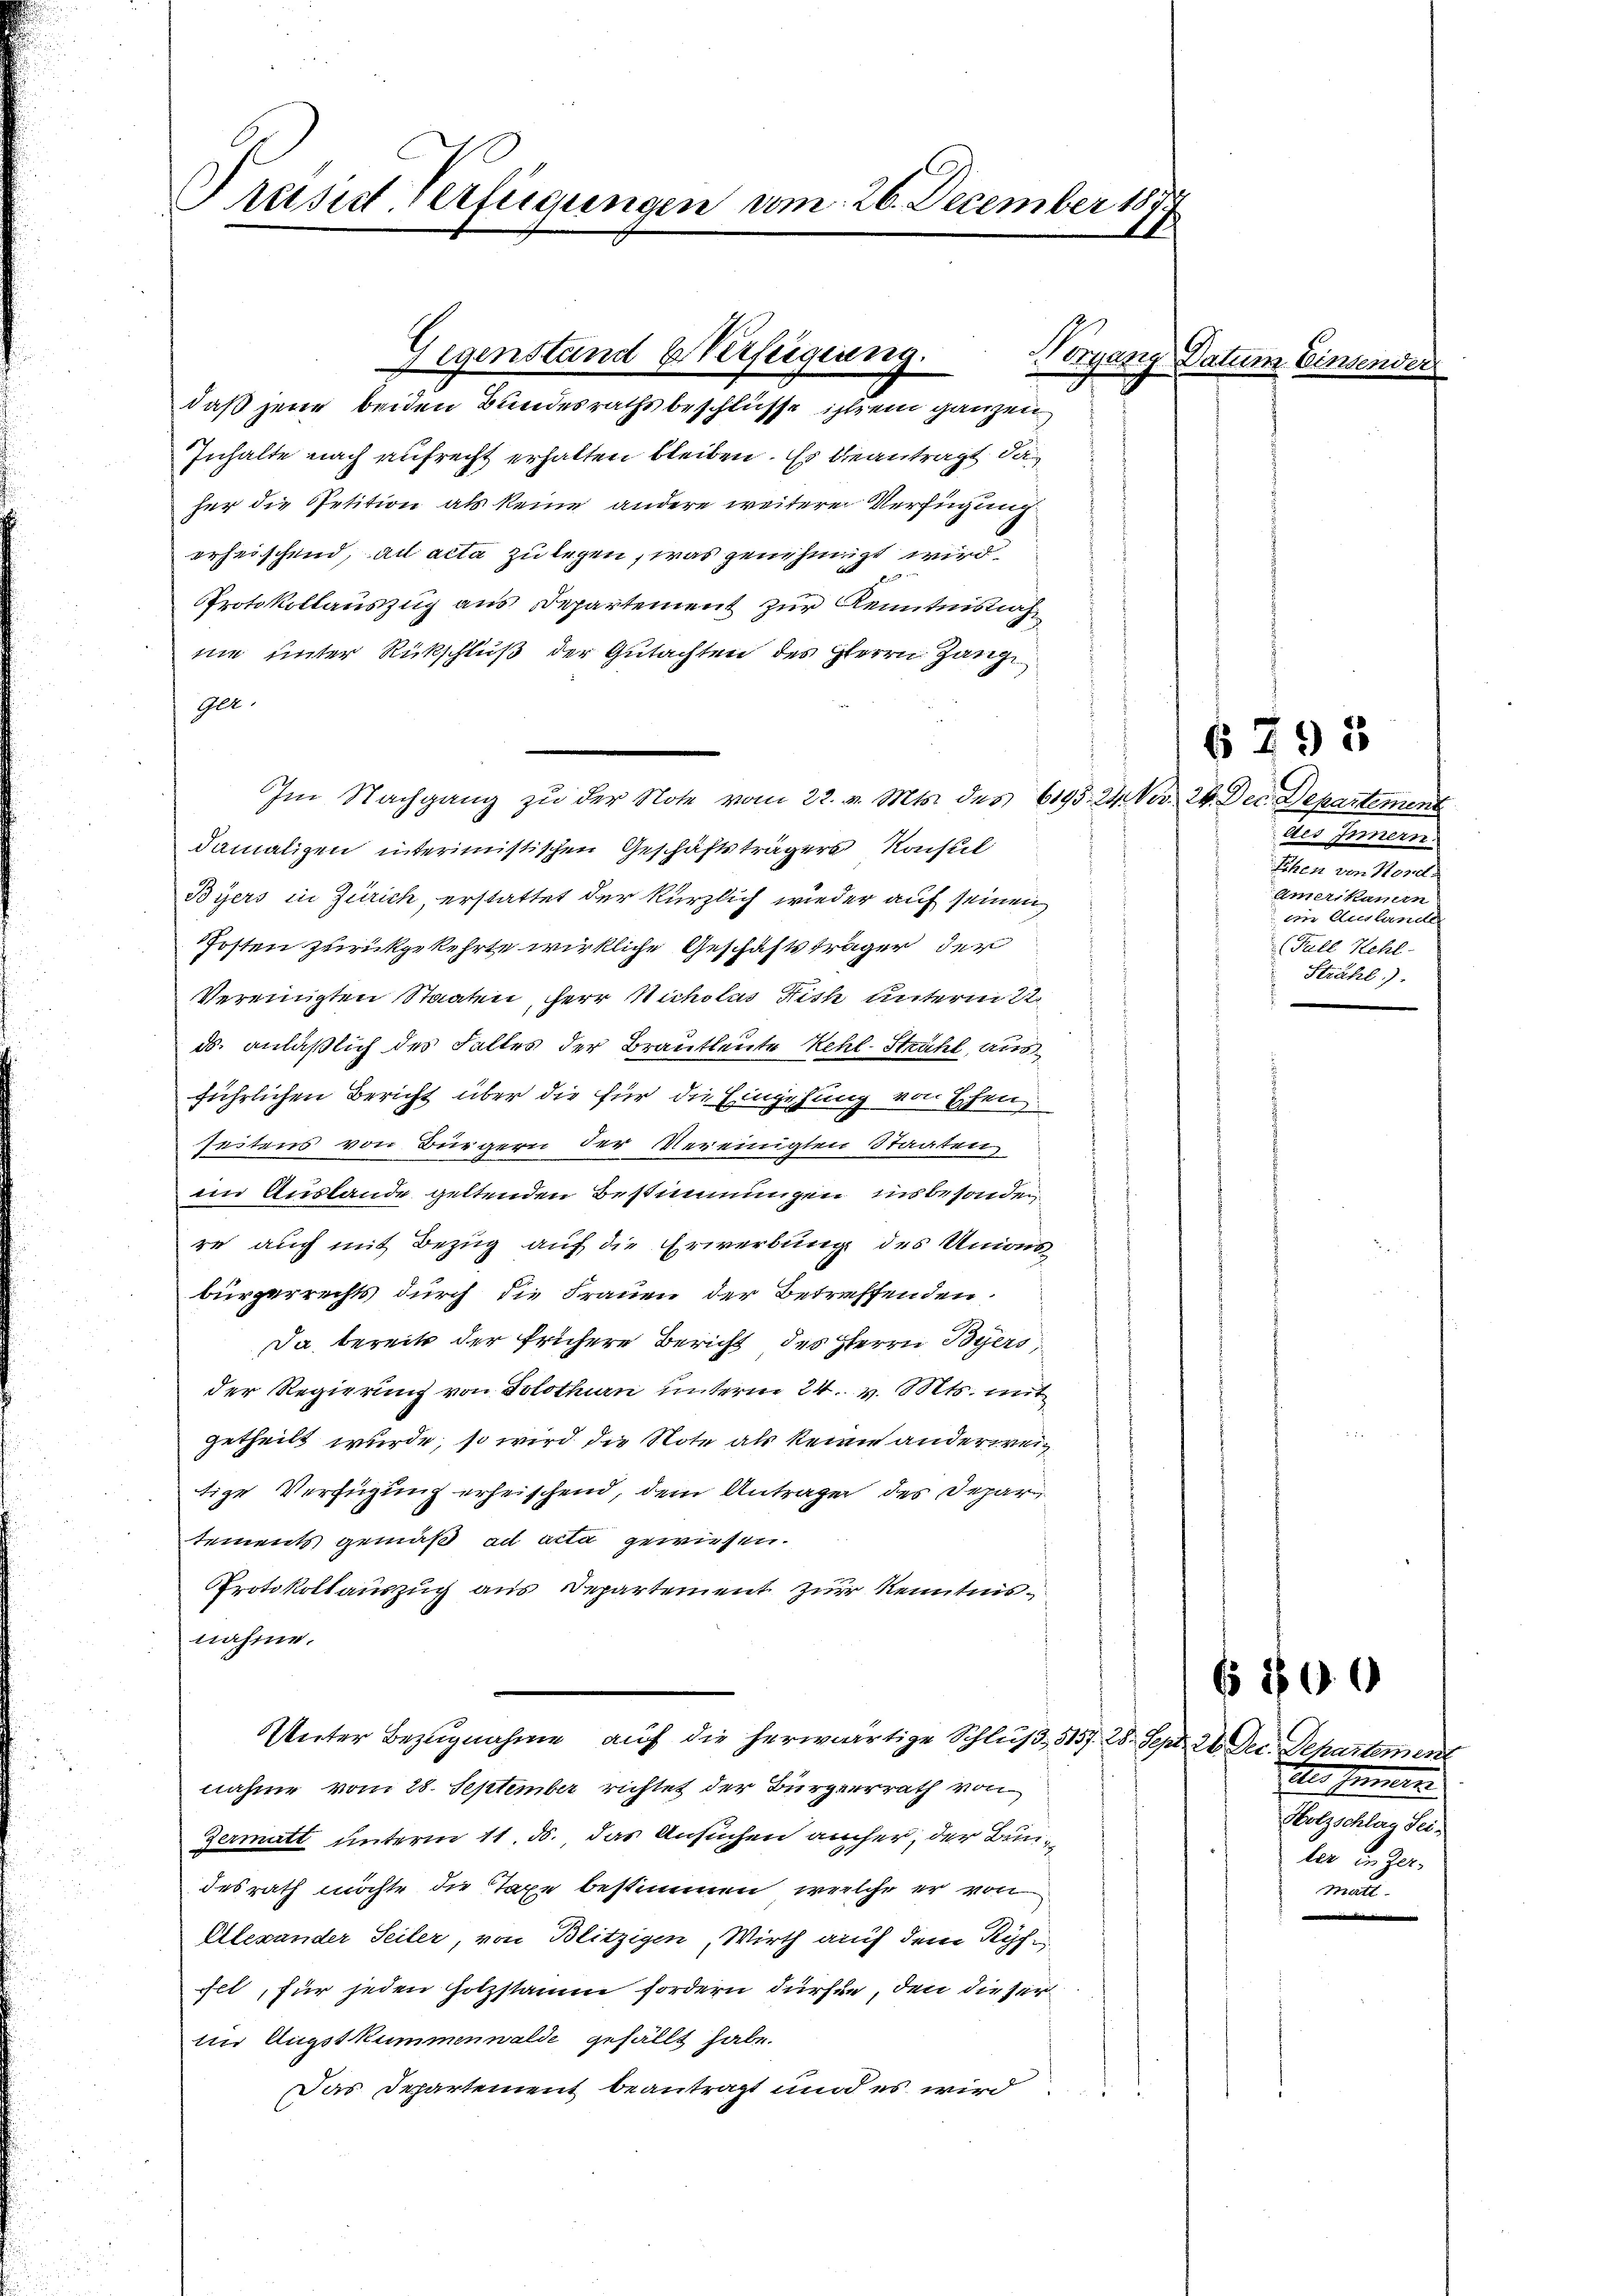
Präsid. Verfügungen vom 26. December 1874

Gegenstand & Verfügung.
daß jene beiden Bundesrathsbeschlüsse ist ein ganzen

Inhalte nach aufrecht erhalten bleiben. Es beantragt, da
her die Petition als keine andere weitere Verfügung
erheischend, ad acta zu legen, was genehmigt wird
Protokollauszug aus Departement zur Kenntnisnahnie unter Rückschluß der Gutachten des Herrn Gang
Gle.
Im Nachgang zu der Note vom 22. v. Mts. des 6195. 24. Nov. 24. Dec. Departement
damaligen interimistischen Geschäftsträgers Konsul
Byers in Zürich, erstattet der kürzlich wieder auf seinen
Posten zurückgekehrte wirkliche Geschäftsträger der
Vereinigten Staaten, Herr Nicholas Fisch unterm 22.
ds. anläßlich des Falles der Brautleute Kehl-Strahl, ausführlichen Bericht über die für die Eingehung von Ehen
seitens von Bürgern der Vereinigten Staaten
im Auslande geltenden Bestimmungen in besonden
re auch mit Bezug auf die Erwerbung des Unionsbürgerrechts durch die Frauen der Betreffenden
Da bereits der frühere Bericht des Herrn Byers,
Der Regierung von Solothurn unterm 24. v. Mts. mit
getheilt wurde, so wird die Note als keine anderweig
tige Verfügung erheischend, dem Antragen des Depar
tements gemäß ad acta gewiesen.
Protokollauszug aus Departement zur Kenntnisnahme.
Unter Bezugnahme auch die herwärtige Schluß, 3157. 28. Sept. 26 Dec. Departement
nahme vom 28. September richtet der Bürgerrath von
Zermatt unterm 11. ds. das Ansuchen aucher, der Bundesrath möchte die Taxe bestimmen, welche er von
Ellexander Seiler, von Blitzigen, Wirth auch dem Ryf
ilt, für jeden Holzstaum fordern dürfen, den dieser
tin Augstkummenwalde gefällt habe.
Das Departement beantragt und es wird
d

Norgang Datum Einse

des Innern.

Amerikanen
 ein Auslande
(Fall Kehl.
Strähl).

679 x

E Semin
Holzschlag Seiler in Zei
matt.

6800